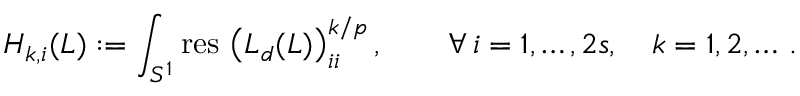
H _ { k , i } ( L ) : = \int _ { S ^ { 1 } } \mathrm { r e s \, } \left( L _ { d } ( L ) \right) _ { i i } ^ { k / { p } } , \qquad \forall \, i = 1 , \ldots , 2 s , \quad k = 1 , 2 , \dots \, .